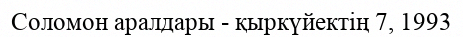
Соломон аралдары - қыркүйектің 7, 1993